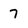
Character: 7